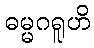
ဓမ္မဂရူဟိ